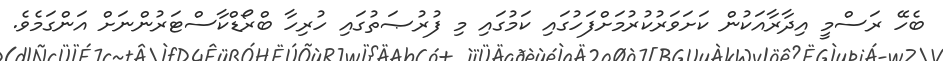
ބެހޭ ރަސްމީ އިދާރާއަކުން ކަށަވަރުކުރުމަށްފަހުގައި ކަމުގައި މި ފުރުޞަތުގައި ހުރިހާ ބްރޯޑްކާސްޓަރުންނަށް އަންގަމެވެ.